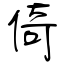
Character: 倚